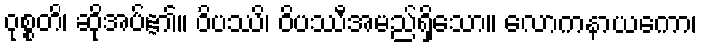
ဝုစ္စတိ၊ ဆိုအပ်၏။ ဝိပဿိ၊ ဝိပဿီအမည်ရှိသော။ လောကနာယကော၊